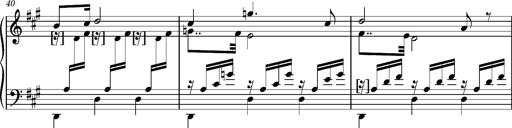
Title: Cavatine de Robert le Diable
Composer: Franz Liszt
Key: F-sharp minor